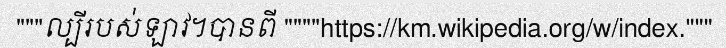
"""ល្បីរបស់ឡាវ។បានពី """"https://km.wikipedia.org/w/index."""